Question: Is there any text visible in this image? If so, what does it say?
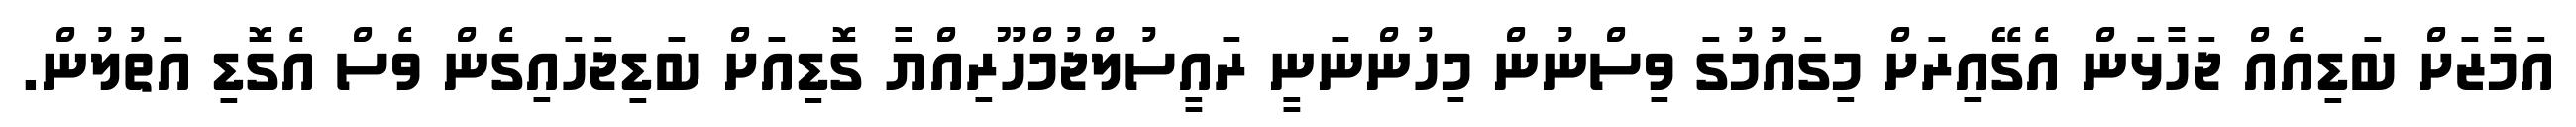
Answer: އަމާޒަށް ބަޑިއެއް ޖަހާޅަން އެގޭއިރަށް މިގައުމުގަ ވިސްނުން މިހުންނަނީ ރައީސުލްޖުމްހޫރިއްޔާ ގޮޑިއަށް ބަޑިޖަހައިގެން ވެސް އެގޮޑި އަތުލުން.